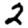
Digit: 2